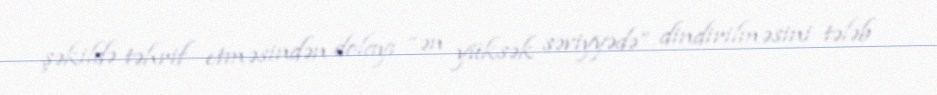
şəkildə təhrif etməsindən dolayı “ən yüksək səviyyədə” dindirilməsini tələb